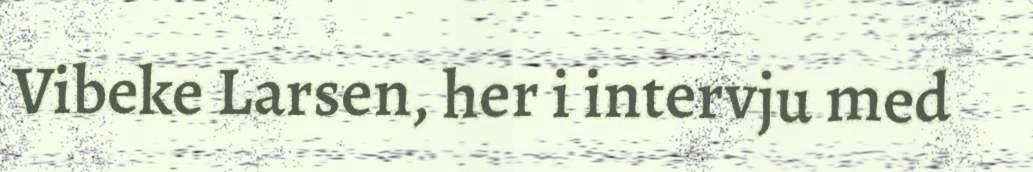
Vibeke Larsen, her i intervju med